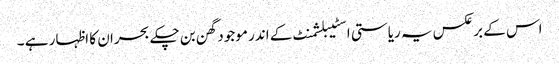
اس کے برعکس یہ ریاستی اسٹیبلشمنٹ کے اندر موجود گھن بن چکے بحران کا اظہار ہے ۔